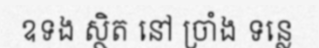
ឧទង ស្ថិត នៅ ច្រាំង ទន្លេ